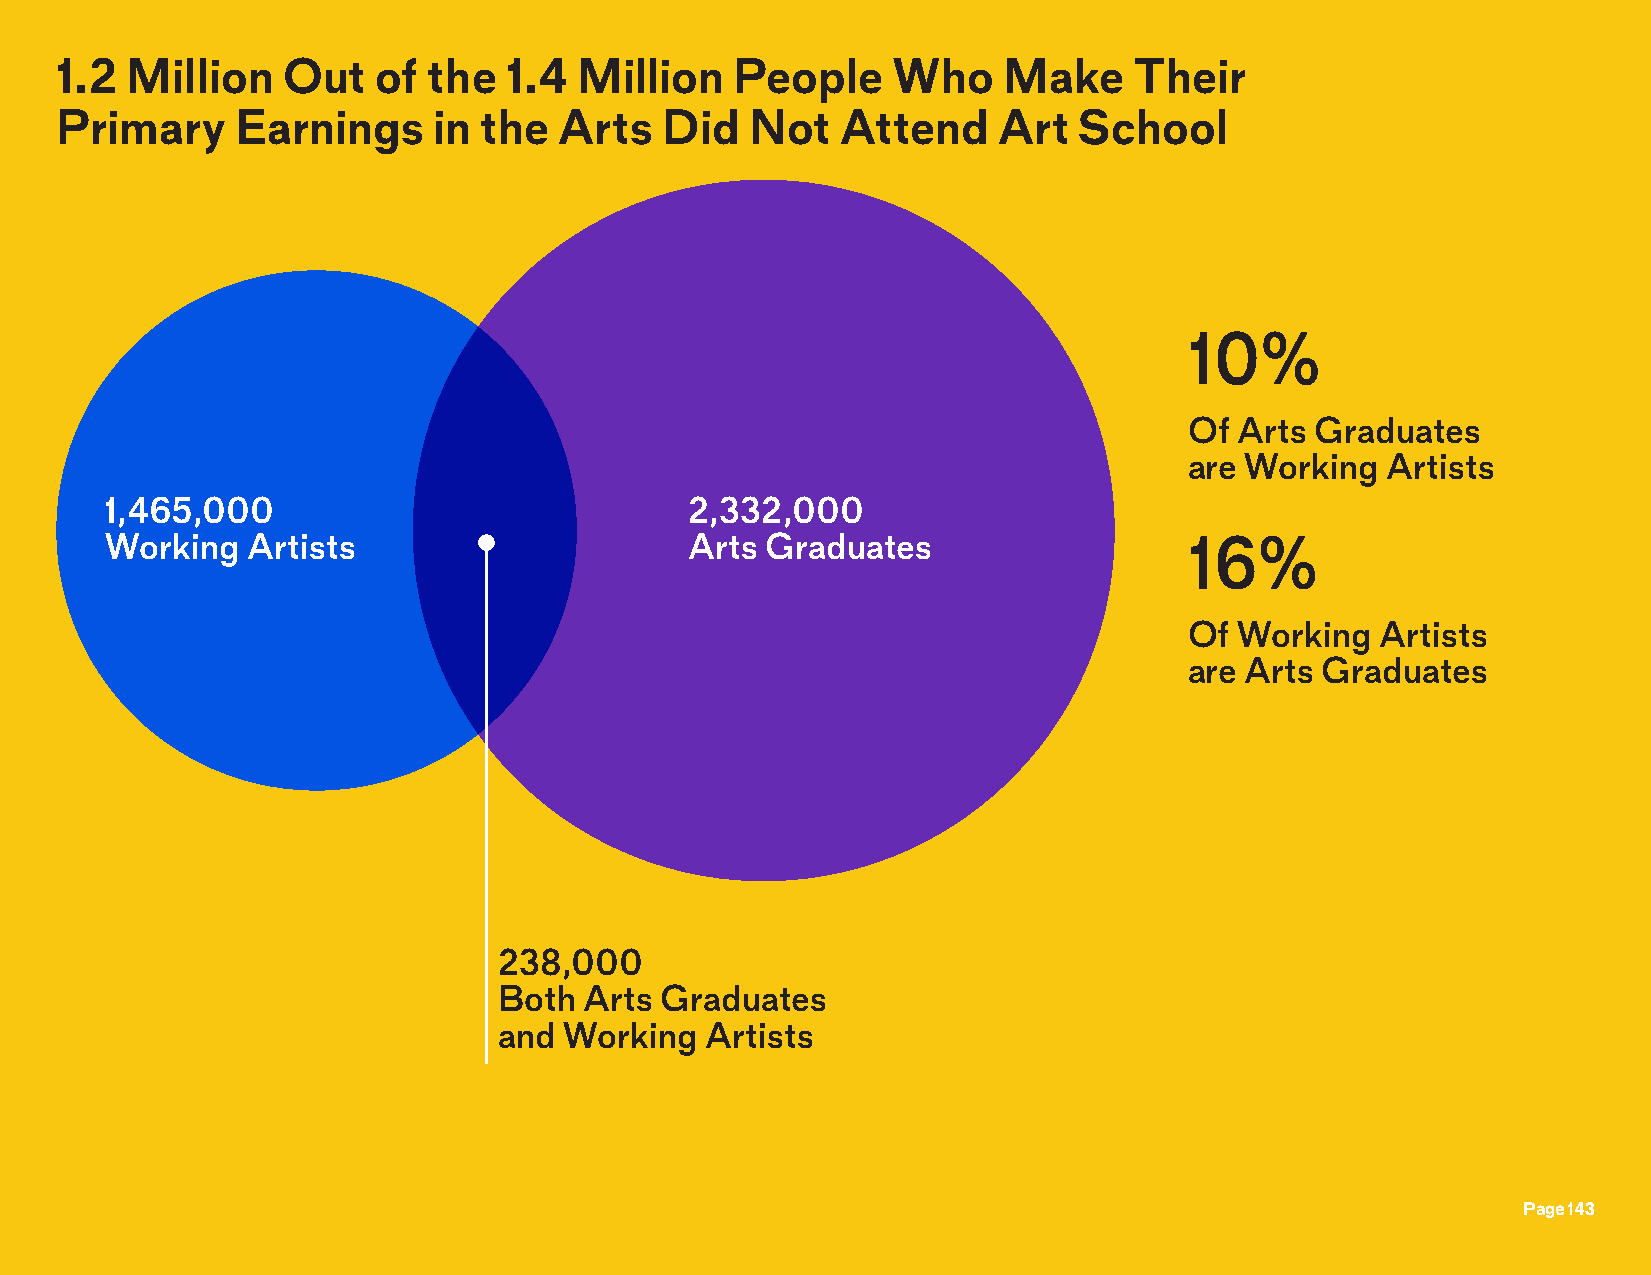
1.2 Million    Out   of the  1.4  Million    People    Who    Make     Their
 Primary     Earnings     in the  Arts   Did   Not   Attend    Art  School
 10%
 Of Arts Graduates
 are Working  Artists
 1,465,000                              2,332,000
 Working  Artists                       Arts Graduates                   16%
 Of Working  Artists
 are Arts Graduates
 238,000
 Both  Arts Graduates
 and Working   Artists
 Page 143